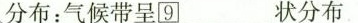
分布：气候带呈____________状分布